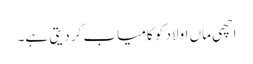
اچھی ماں اولاد کو کامیاب کر دیتی ہے۔